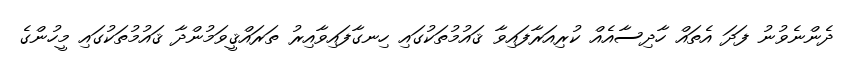
ދެންނެވުނު ފަދަ އެތައް ހާދިސާއެއް ކުރިއަރާފައިވާ ޤައުމުތަކުގައި ހިނގާފައިވާއިރު ތަރައްޤީވަމުންދާ ޤައުމުތަކުގައި މީހުންގެ